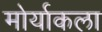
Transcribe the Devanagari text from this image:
मोर्याकला